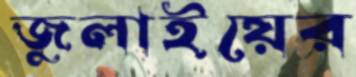
জুলাইয়ের